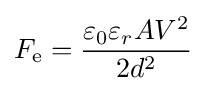
F_{\text{e}}={\frac {\varepsilon _{0}\varepsilon _{r}AV^{2}}{2d^{2}}}